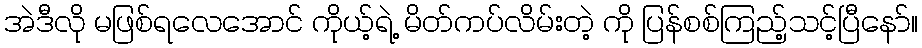
အဲဒီလို မဖြစ်ရလေအောင် ကိုယ့်ရဲ့ မိတ်ကပ်လိမ်းတဲ့ ကို ပြန်စစ်ကြည့်သင့်ပြီနော်။